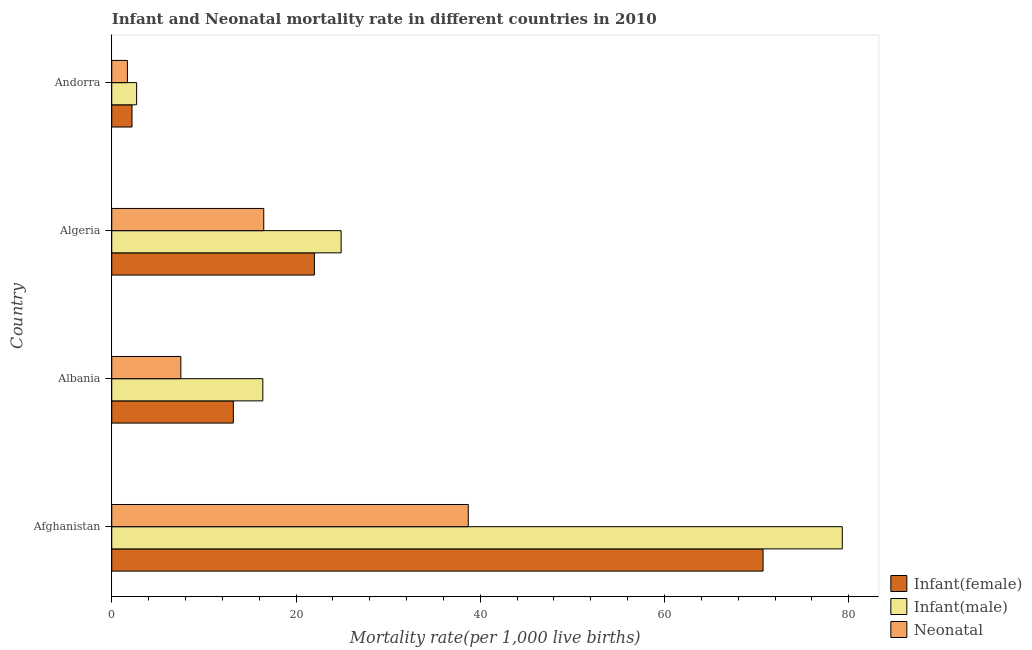
| Country | Infant(female) | Infant(male) | Neonatal  |
 | --- | --- | --- | --- |
 | Afghanistan | 70.7 | 79.3 | 38.7 |
 | Albania | 13.2 | 16.4 | 7.5 |
 | Algeria | 22 | 24.9 | 16.5 |
 | Andorra | 2.2 | 2.7 | 1.7 |